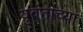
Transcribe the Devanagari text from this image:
युवंताच्या